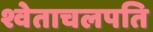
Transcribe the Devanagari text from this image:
श्वेताचलपति